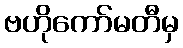
ဗဟိုကော်မတီမှ